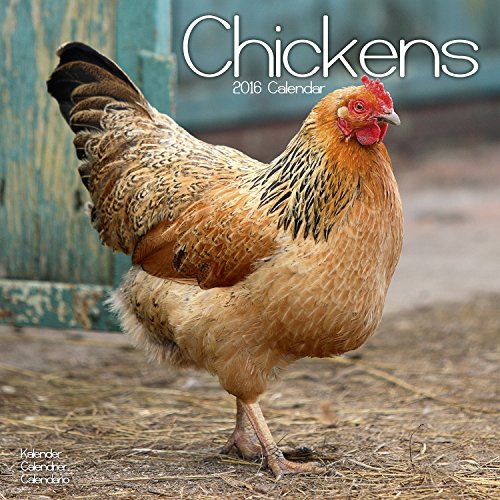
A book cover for Chickens Calendar - 2016 Wall calendars - Animal Calendar - Monthly Wall Calendar by Avonside; MegaCalendars; Calendars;